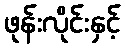
ဖုန်းလိုင်းနှင့်